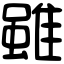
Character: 雖